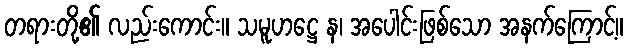
တရားတို့၏ လည်းကောင်း။ သမူဟဋ္ဌေ န၊ အပေါင်းဖြစ်သော အနက်ကြောင့်။